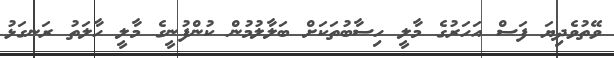
ވޭތުވެދިޔަ ފަސް އަހަރުގެ މާލީ ހިސާބުތަކަށް ބަލާލުމުން ކުންފުނީގެ މާލީ ހާލަތު ރަނގަޅު